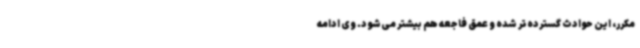
مکرر، این حوادث گسترده‌تر شده و عمق فاجعه هم بیشتر می‌شود. وی ادامه